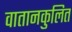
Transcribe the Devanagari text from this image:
वातानकुलित